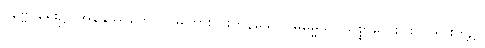
ပုဗ္ဗေ၊ ရှေး၌။ အနနုဿုတေသု၊ မကြားဘူးကုန်သော။ ဓမ္မေသု၊ သစ္စာလေးပါး တရားတို့၌။